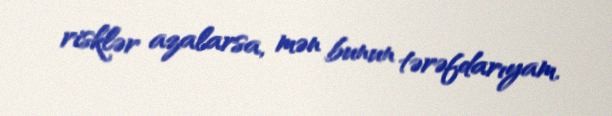
risklər azalarsa, mən bunun tərəfdarıyam.